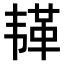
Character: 𫠅